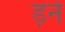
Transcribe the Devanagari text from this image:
ड़ने